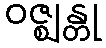
ဝဇ္ဈန္တု